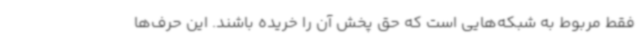
فقط مربوط به شبکه‌هایی است که حق پخش آن را خریده باشند. این حرف‌ها